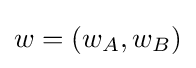
w=(w_{A},w_{B})